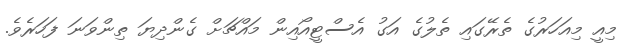
މިއީ މިއަހަރުގެ ތެރޭގައި ތެލުގެ އަގު އެސްޓީއޯއިން މައްޗަށް ގެންދިޔަ ތިންވަނަ ފަހަރެވެ.